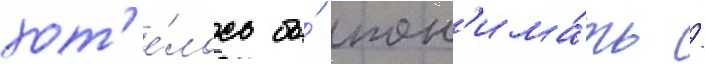
хот'е́лось бы́ пон'има́ть /